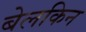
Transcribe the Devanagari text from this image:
बेलकिन